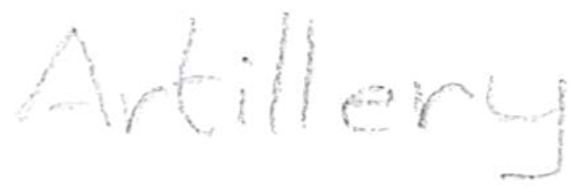
Text: Artillery
Cross-out: clean
Writing tool: pencil